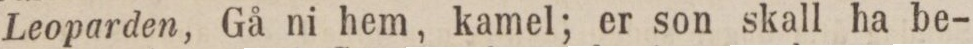
Leoparden, Gå ni hem, kamel; er son skall ha be-